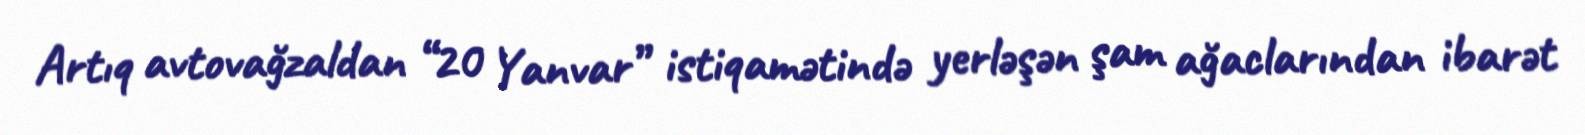
Artıq avtovağzaldan “20 Yanvar” istiqamətində yerləşən şam ağaclarından ibarət